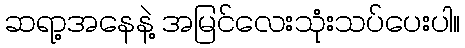
ဆရာ့အနေနဲ့ အမြင်လေးသုံးသပ်ပေးပါ။